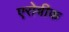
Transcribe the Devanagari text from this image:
एरोबीक